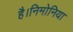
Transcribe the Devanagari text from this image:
है।निमोनिया